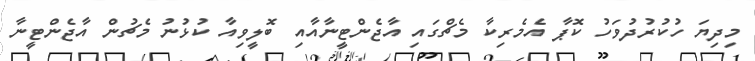
މިދިޔަ ހުކުރުދުވަހު ކޮޕާ އެމެރިކާ މެޗްގައި އާޖެންޓީނާއާއި ބޮލީވިއާ ކުޅުނު މެޗުން އާޖެންޓީނާ